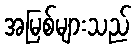
အမြစ်များသည်